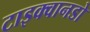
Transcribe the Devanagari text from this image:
टाइक्वानडो